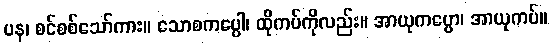
ပန၊ စင်စစ်သော်ကား။ သောစကပ္ပေါ၊ ထိုကပ်ကိုလည်း။ အာယုကပ္ပော၊ အာယုကပ်။